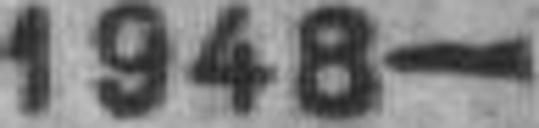
1948—